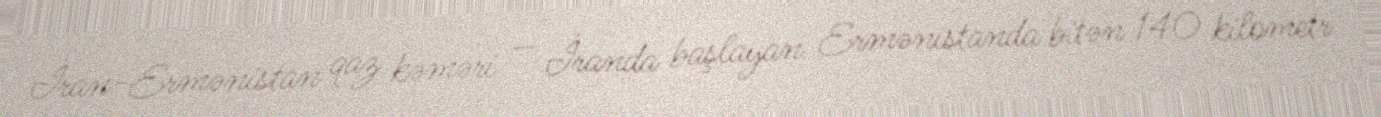
İran-Ermənistan qaz kəməri — İranda başlayan Ermənistanda bitən 140 kilometr